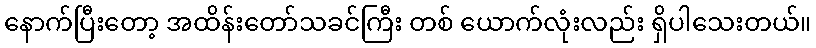
နောက်ပြီးတော့ အထိန်းတော်သခင်ကြီး တစ် ယောက်လုံးလည်း ရှိပါသေးတယ်။